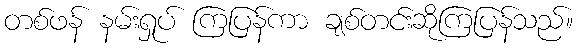
တစ်ဖန် နမ်းရှုပ် ကြပြန်ကာ ချစ်တင်းဆိုကြပြန်သည်။